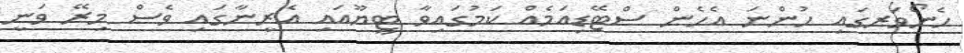
ހެނޯވަރގައި ހުންނަ އެހެން ސްޓޭޑިއަމެއް ކަމުގައިވާ ޓީޔޫއައި އެރީނާގައި ވެސް މިރޭ ވަނީ